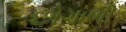
છોગાળી